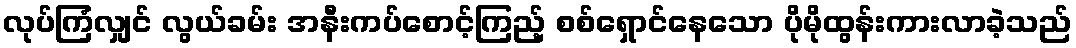
လုပ်ကြံလျှင် လွယ်ခမ်း အနီးကပ်စောင့်ကြည့် စစ်ရှောင်နေသော ပိုမိုထွန်းကားလာခဲ့သည်